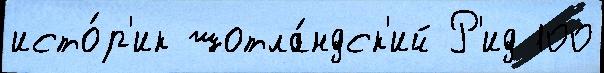
исто́р'ик шотла́ндск'ий Р'ид 100